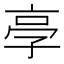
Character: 𠅝